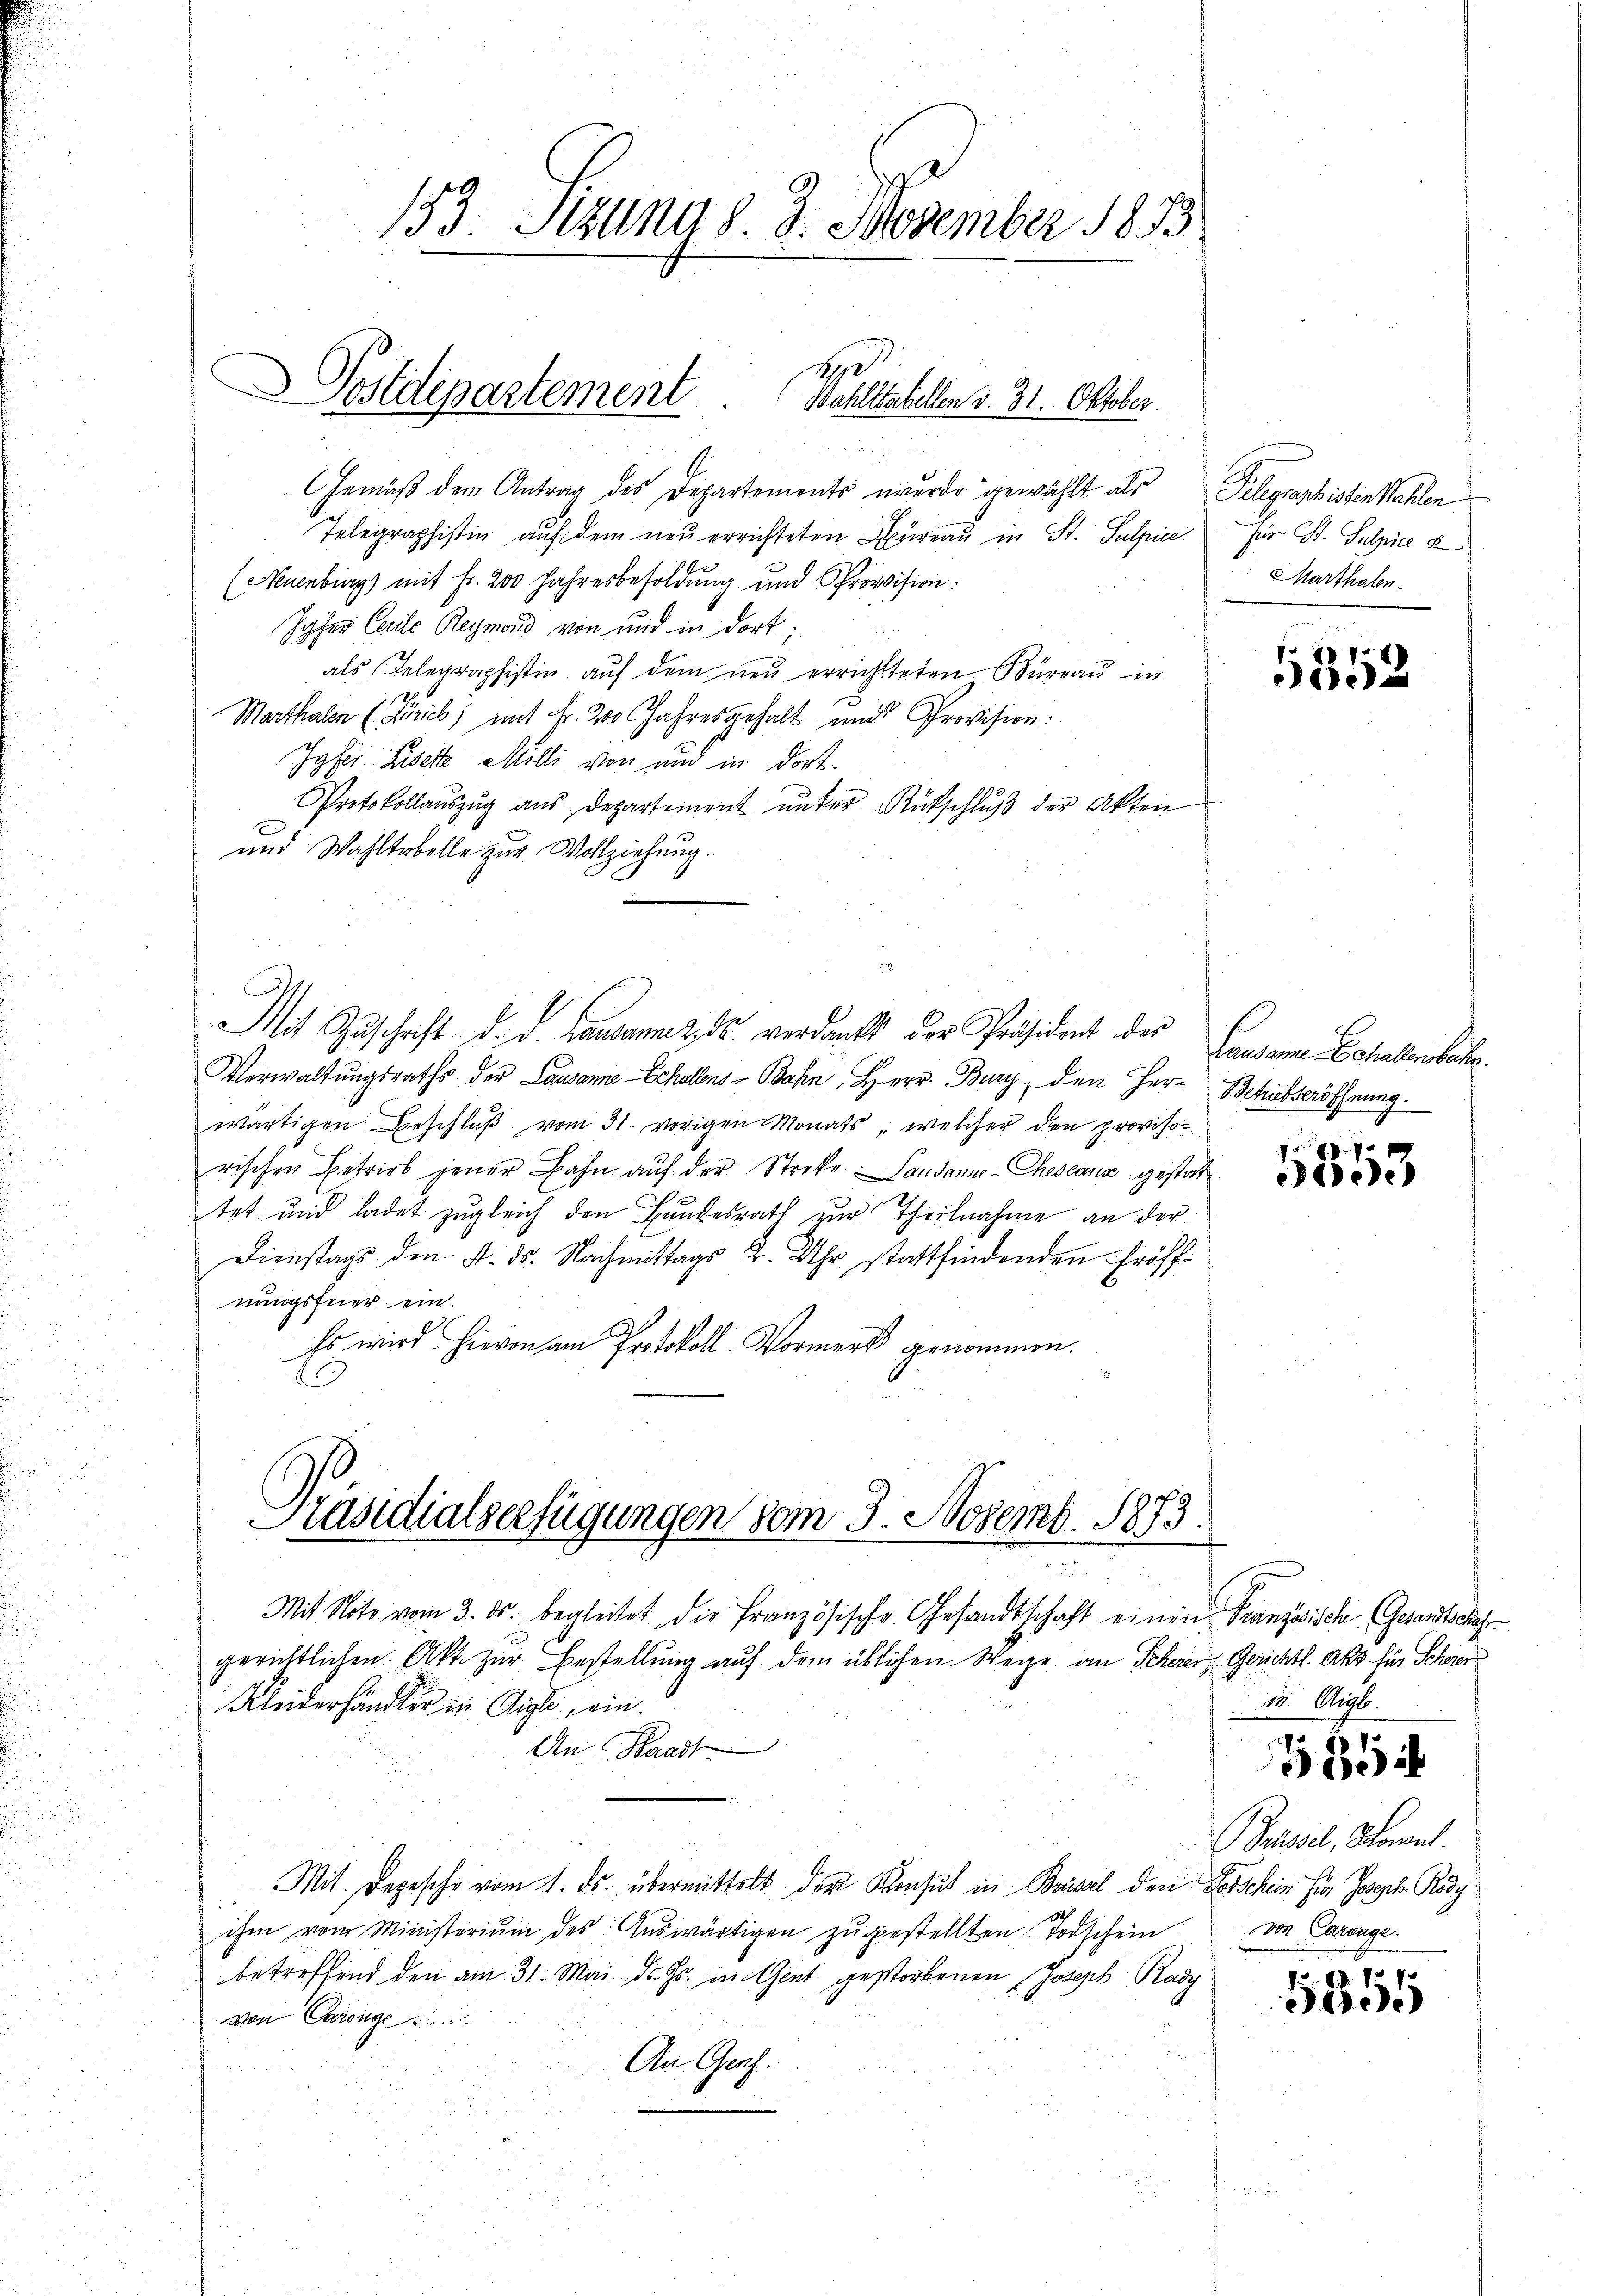
153. Jezung d. 8. November 1833

Postdepartement Baultatellen v. 31. Oktober.

Mit Note vom 3. ds. begleitet die Französische Gesandtschaft einen Franzwische (Gesandtschaft.
gerichtlichen Akt zur Bestellung auf dem üblichen Wege an Scherer Gerichtl. Akt für Schwer
Kleiderhändler in Aigle, ein.
An Waadt
Mit. Depesche vom 1. ds. übermittelt der Konsul in Basel den Vorschein hier Joseph Rody
ihm vom Ministerium des Auswärtigen zugestellten Todschein
betreffend den am 31. Mai d. Js. in Gent gestorbenen Joseph Rady
von Carsig
An Gerh.

2

GGemäß dem Antrag des Departements wurde gewählt als Telegraphisten Wahlen
Telegraphistig auf dem neŭ errichteten Büreau in St. Sulpice
(Neuenbiegs mit Fr. 200 Jahresbesoldung und Provision:
Joher Carile Reymond von und in dort;
als Telegraphistin auf dem neu errichteten Büreau in
Marthalen (Zürich) mit Fr. 200 Jahresgehalt und Provision:
Jyfer Lisete Milli von und in dort.
Protokollaŭszŭg aŭs departement ŭnter Rückschlŭβ der Akten
und Wahltabelle zur Vollziehung.
Mit Zuschrift d. d. Landenz dr. verdankt der Präsident der Causann Echallenbach.
Verwaltungsraths der Lausanne - Schallens Bahn, Herr Burg, den Herr Betrübseröffnung.
wärtigen Beschlŭβ vom 31. vorigen Monats, welcher den provisorischen Betrieb jener Bahn auf der Streke Landame-Cheseana gestattet und ladet zugleich den Bundesrath zur Theilnahme an der
Dienstags den 4. ds. Nachmittags 2. Uhr stattfindenden Eröffnungsfeier ein.
Es wird hievon am Protokoll Vormerk genommen.
Präsidialserfügungen vom 3. Novemb. 1873.

Zür Ost. Sulpiel 2
Marthaben

5352

p
300

15. Aigle

3854

Prisel, Sonnl.
von Canonge.

5351